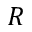
R